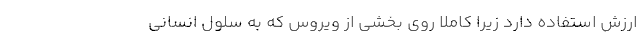
ارزش استفاده دارد زیرا کاملاً روی بخشی از ویروس که به سلول انسانی